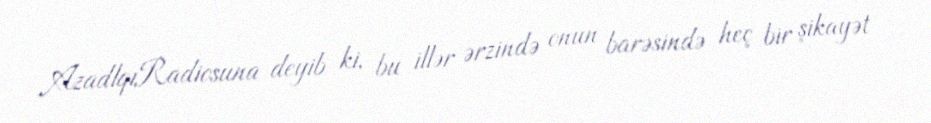
AzadlqıRadiosuna deyib ki, bu illər ərzində onun barəsində heç bir şikayət